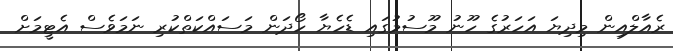
ރެއާލްއިން މިދިޔަ އަހަރުގެ ހޫނު މޫސުމުގައި ޑެހެޔާ ހޯދަން މަސައްކަތްކުރި ނަމަވެސް އެޓީމަށް